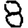
Digit: 8